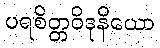
ပရစိတ္တဝိဒုနိယော